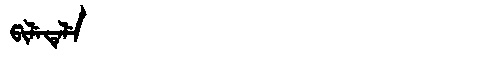
Manchu: ᡦᡳᠯᡝᡨᡝᠯᡝ
Romanization: PILETELE